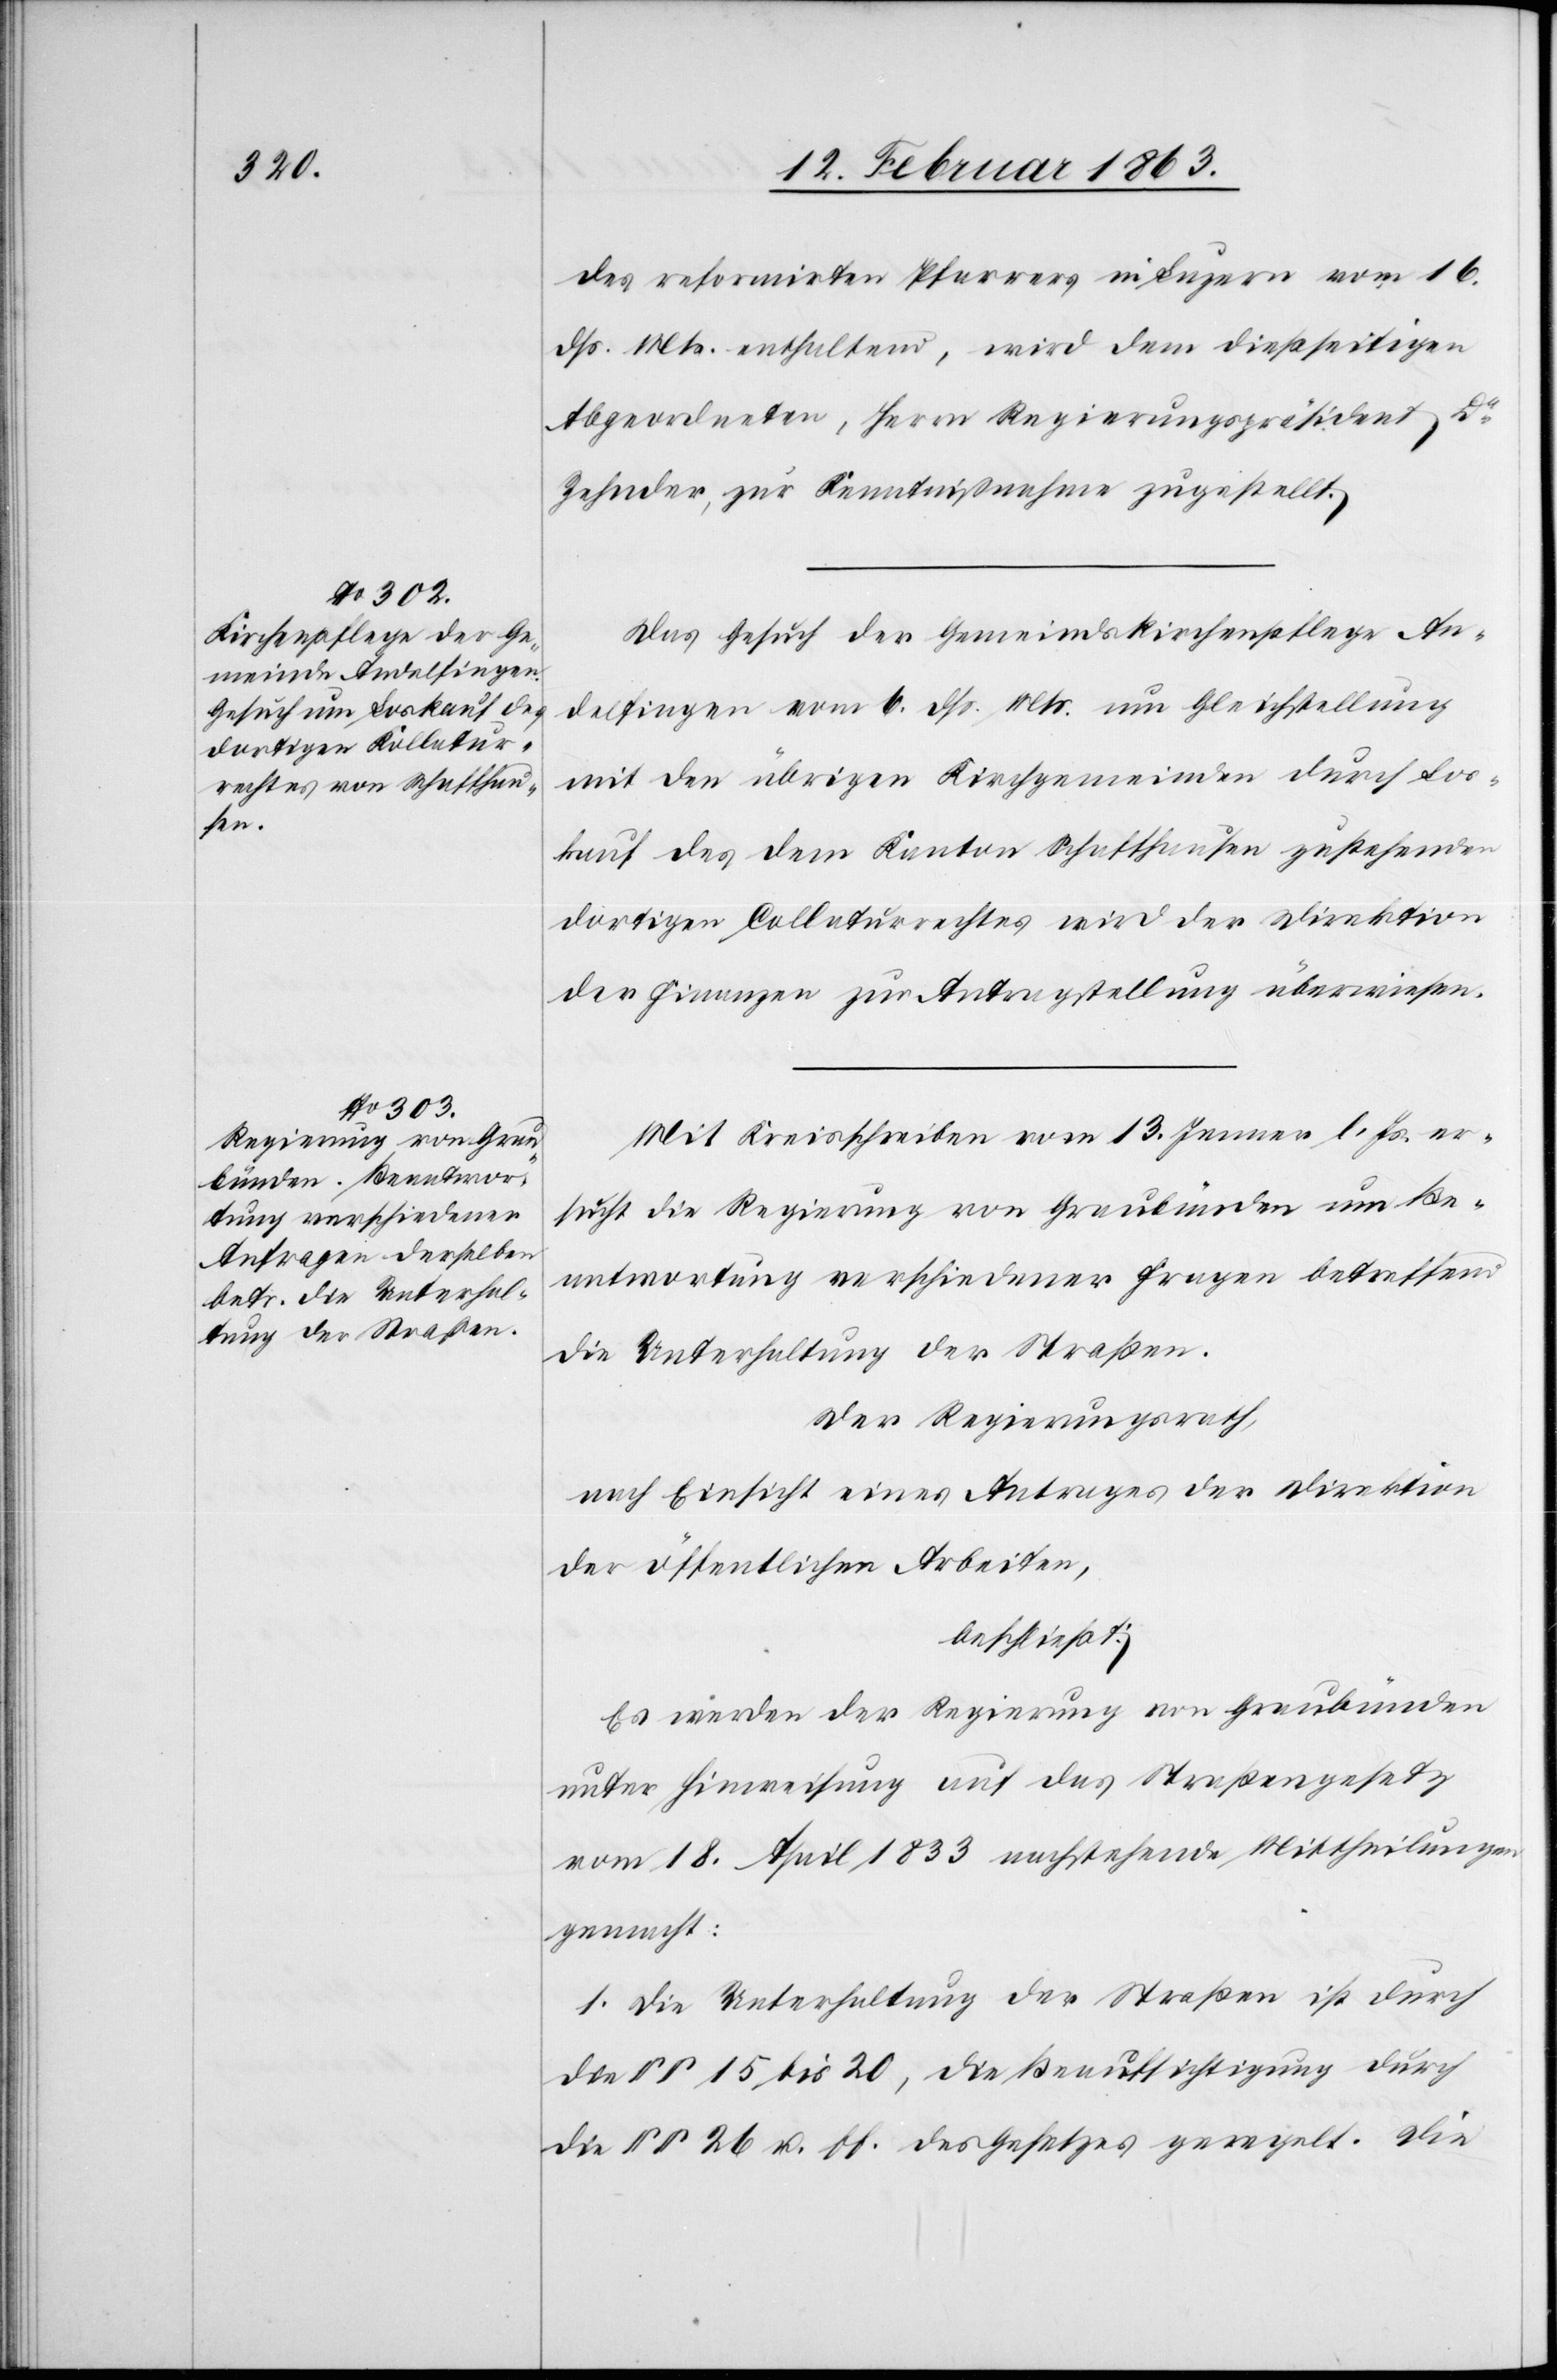
12. Februar 1863.]
des reformirten Pfarrers in Luzern vom 16.
dß. Mts. enthaltend, wird dem dießseitigen
Abgeordneten, Herrn Regierungspräsident Dr
Zehnder, zur Kenntnisnahme zugestellt.
Das Gesuch der Gemeindskirchenpflege An¬
delfingen vom 6. dß. Mts. um Gleichstellung
mit den übrigen Kirchgemeinden durch Los¬
kauf des dem Kanton Schaffhausen zustehenden
dortigen Collaturrechtes wird der Direktion
der Finanzen zur Antragstellung überwiesen.
Mit Kreisschreiben vom 13. Jenner l. Js. er¬
sucht die Regierung von Graubünden um Be¬
antwortung verschiedener Fragen betreffend
die Unterhaltung der Straßen.
Der Regierungsrath,
nach Einsicht eines Antrages der Direktion
der öffentlichen Arbeiten,
beschließt:
Es werden der Regierung von Graubünden
unter Hinweisung auf das Straßengesetz
vom 18. April 1833 nachstehende Mittheilung
gemacht:
1. Die Unterhaltung der Straßen ist durch
die §§ 15 bis 20, die Beaufsichtigung durch
die §§ 26 u. ff. des Gesetzes geregelt. Die